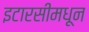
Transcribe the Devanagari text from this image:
इटारसीमधून